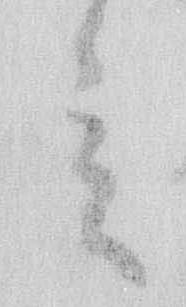
言